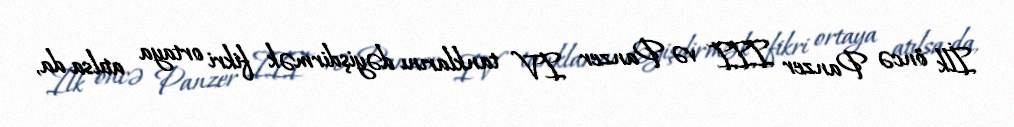
İlk öncə Panzer III və Panzer IV tanklarını dəyişdirmək fikri ortaya atılsa da,